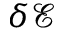
\delta \mathcal { E }